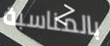
بالمناسبة